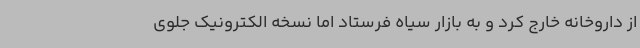
از داروخانه خارج کرد و به بازار سیاه فرستاد اما نسخه الکترونیک جلوی